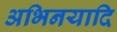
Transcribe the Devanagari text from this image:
अभिनयादि